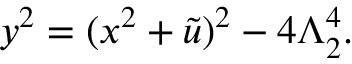
y ^ { 2 } = ( x ^ { 2 } + \tilde { u } ) ^ { 2 } - 4 \Lambda _ { 2 } ^ { 4 } .